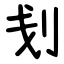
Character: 刬